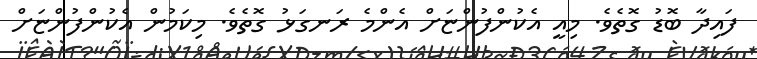
ފައިދާ ބޮޑު ގޮތެވެ. މިއީ އެކުންފުންޏަށް އެންމެ ރަނގަޅު ގޮތެވެ. މިކަމުން އެކުންފުންޏަށް